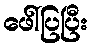
ဖေါ်ပြပြီး